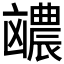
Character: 𪞽